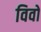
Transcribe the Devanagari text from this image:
विवों